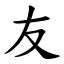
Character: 友